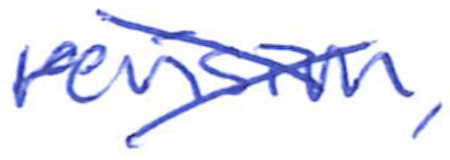
Text: revision,
Cross-out: cross
Writing tool: ballpoint